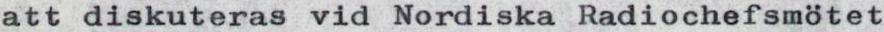
att diskuteras vid Nordiska Radiochefsmötet